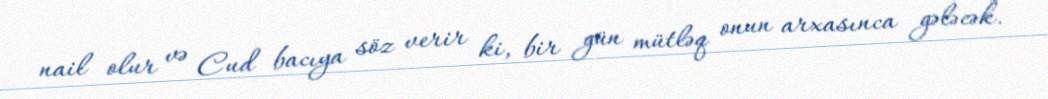
nail olur və Cud bacıya söz verir ki, bir gün mütləq onun arxasınca gələcək.